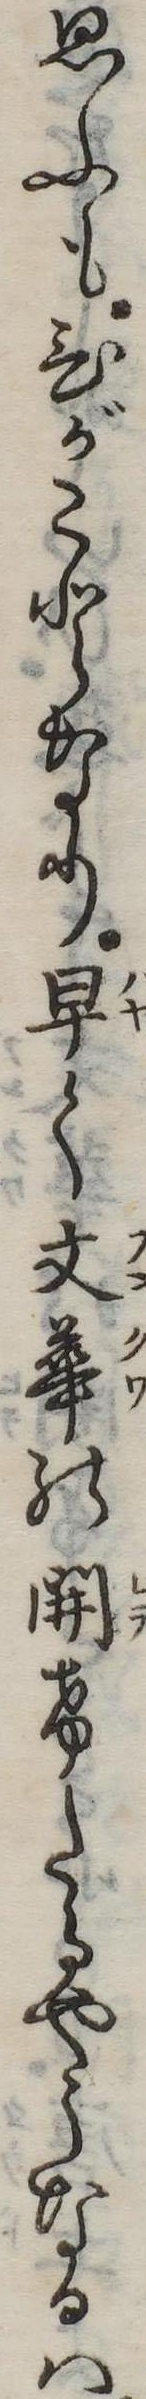
思ふもひがことなり早く文華の開けたるやうなるは